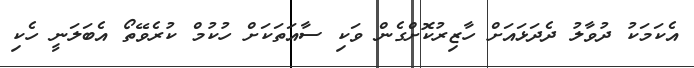
އެކަމަކު ދުވާލު ދެދަޅައަށް ހާޒިރުކޮށްގެން ވަކި ސާއަތަކަށް ހުކުމް ކުރެވޭތޯ އެބަލަނީ ހެކި